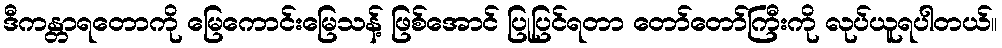
ဒီကန္တာရတောကို မြေကောင်းမြေသန့် ဖြစ်အောင် ပြုပြင်ရတာ တော်တော်ကြီးကို လုပ်ယူရပါတယ်။